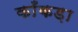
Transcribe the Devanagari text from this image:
काँकड़ा